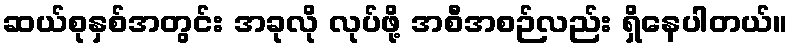
ဆယ်စုနှစ်အတွင်း အခုလို လုပ်ဖို့ အစီအစဉ်လည်း ရှိနေပါတယ်။